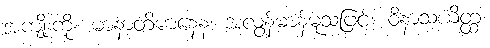
အကျိုးကို။ မာနာတိမာနေန၊ အလွန်မာန်မူသဖြင့်။ ဝိနာသယိတ္ထ၊